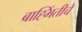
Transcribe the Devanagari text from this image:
बाह्भिंतीचे